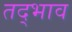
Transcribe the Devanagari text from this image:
तद्भाव